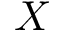
X